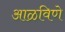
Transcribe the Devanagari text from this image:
आळविणे